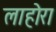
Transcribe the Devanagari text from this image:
लाहोरा